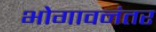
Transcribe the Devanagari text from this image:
भोगावनंतर